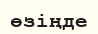
өзіңде